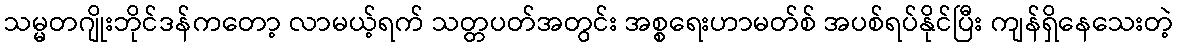
သမ္မတဂျိုးဘိုင်ဒန်ကတော့ လာမယ့်ရက် သတ္တပတ်အတွင်း အစ္စရေးဟာမတ်စ် အပစ်ရပ်နိုင်ပြီး ကျန်ရှိနေသေးတဲ့